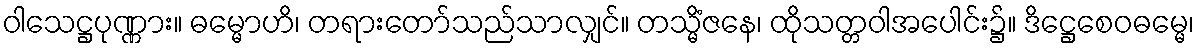
ဝါသေဋ္ဌပုဏ္ဏား။ ဓမ္မောဟိ၊ တရားတော်သည်သာလျှင်။ တသ္မိံဇနေ၊ ထိုသတ္တဝါအပေါင်း၌။ ဒိဋ္ဌေစေဝဓမ္မေ၊